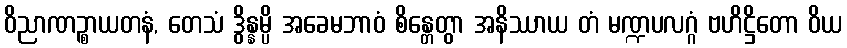
ဝိညာဏဉ္စာယတနံ, တေသံ ဒွိန္နမ္ပိ အခေမဘာဝံ စိန္တေတွာ အနိဿာယ တံ မဏ္ဍပလဂ္ဂံ ဗဟိဋ္ဌိတော ဝိယ